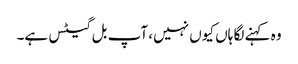
وہ کہنے لگا ہاں کیوں نہیں، آپ بل گیٹس ہے۔